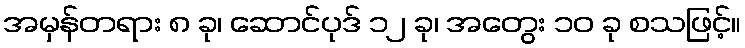
အမှန်တရား ၈ ခု၊ ဆောင်ပုဒ် ၁၂ ခု၊ အတွေး ၁၀ ခု စသဖြင့်။